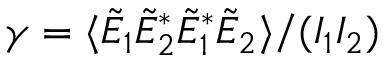
\gamma = \langle \Tilde { E } _ { 1 } \Tilde { E } _ { 2 } ^ { * } \Tilde { E } _ { 1 } ^ { * } \Tilde { E } _ { 2 } \rangle / ( I _ { 1 } I _ { 2 } )